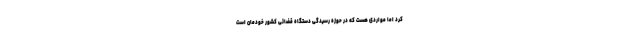
کرد اما مواردی هست که در حوزه رسیدگی دستگاه قضائی کشور خودمان است